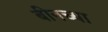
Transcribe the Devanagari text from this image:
बीनच्या